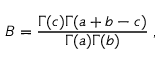
B = \frac { \Gamma ( c ) \Gamma ( a + b - c ) } { \Gamma ( a ) \Gamma ( b ) } \; ,